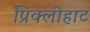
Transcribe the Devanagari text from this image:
प्रिक्लीहाट